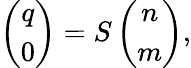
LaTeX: \left(\begin{array}{c}{{q}}\\ {{0}}\end{array}\right)=S\left(\begin{array}{c}{{n}}\\ {{m}}\end{array}\right),